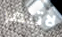
لاتيمر